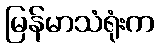
မြန်မာသံရုံးက